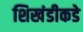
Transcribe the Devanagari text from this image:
शिखंडीकडे